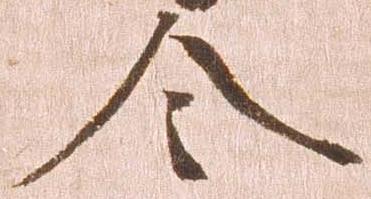
令